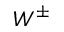
W ^ { \pm }